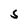
Character: S